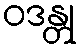
ဝဒန္တု